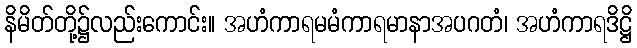
နိမိတ်တို့၌လည်းကောင်း။ အဟံကာရမမံကာရမာနာအပဂတံ၊ အဟံကာရဒိဋ္ဌိ